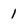
Character: 1